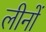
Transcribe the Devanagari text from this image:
लीनों